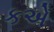
કએ